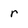
Character: r